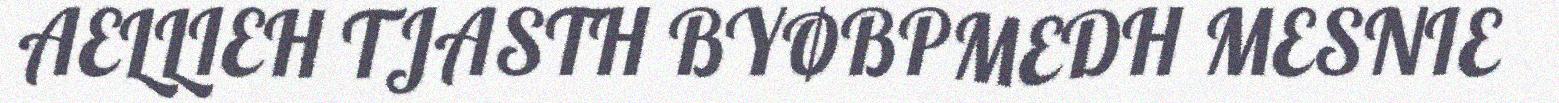
AELLIEH TJASTH BYØBPMEDH MESNIE